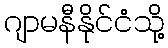
ဂျာမနီနိုင်ငံသို့